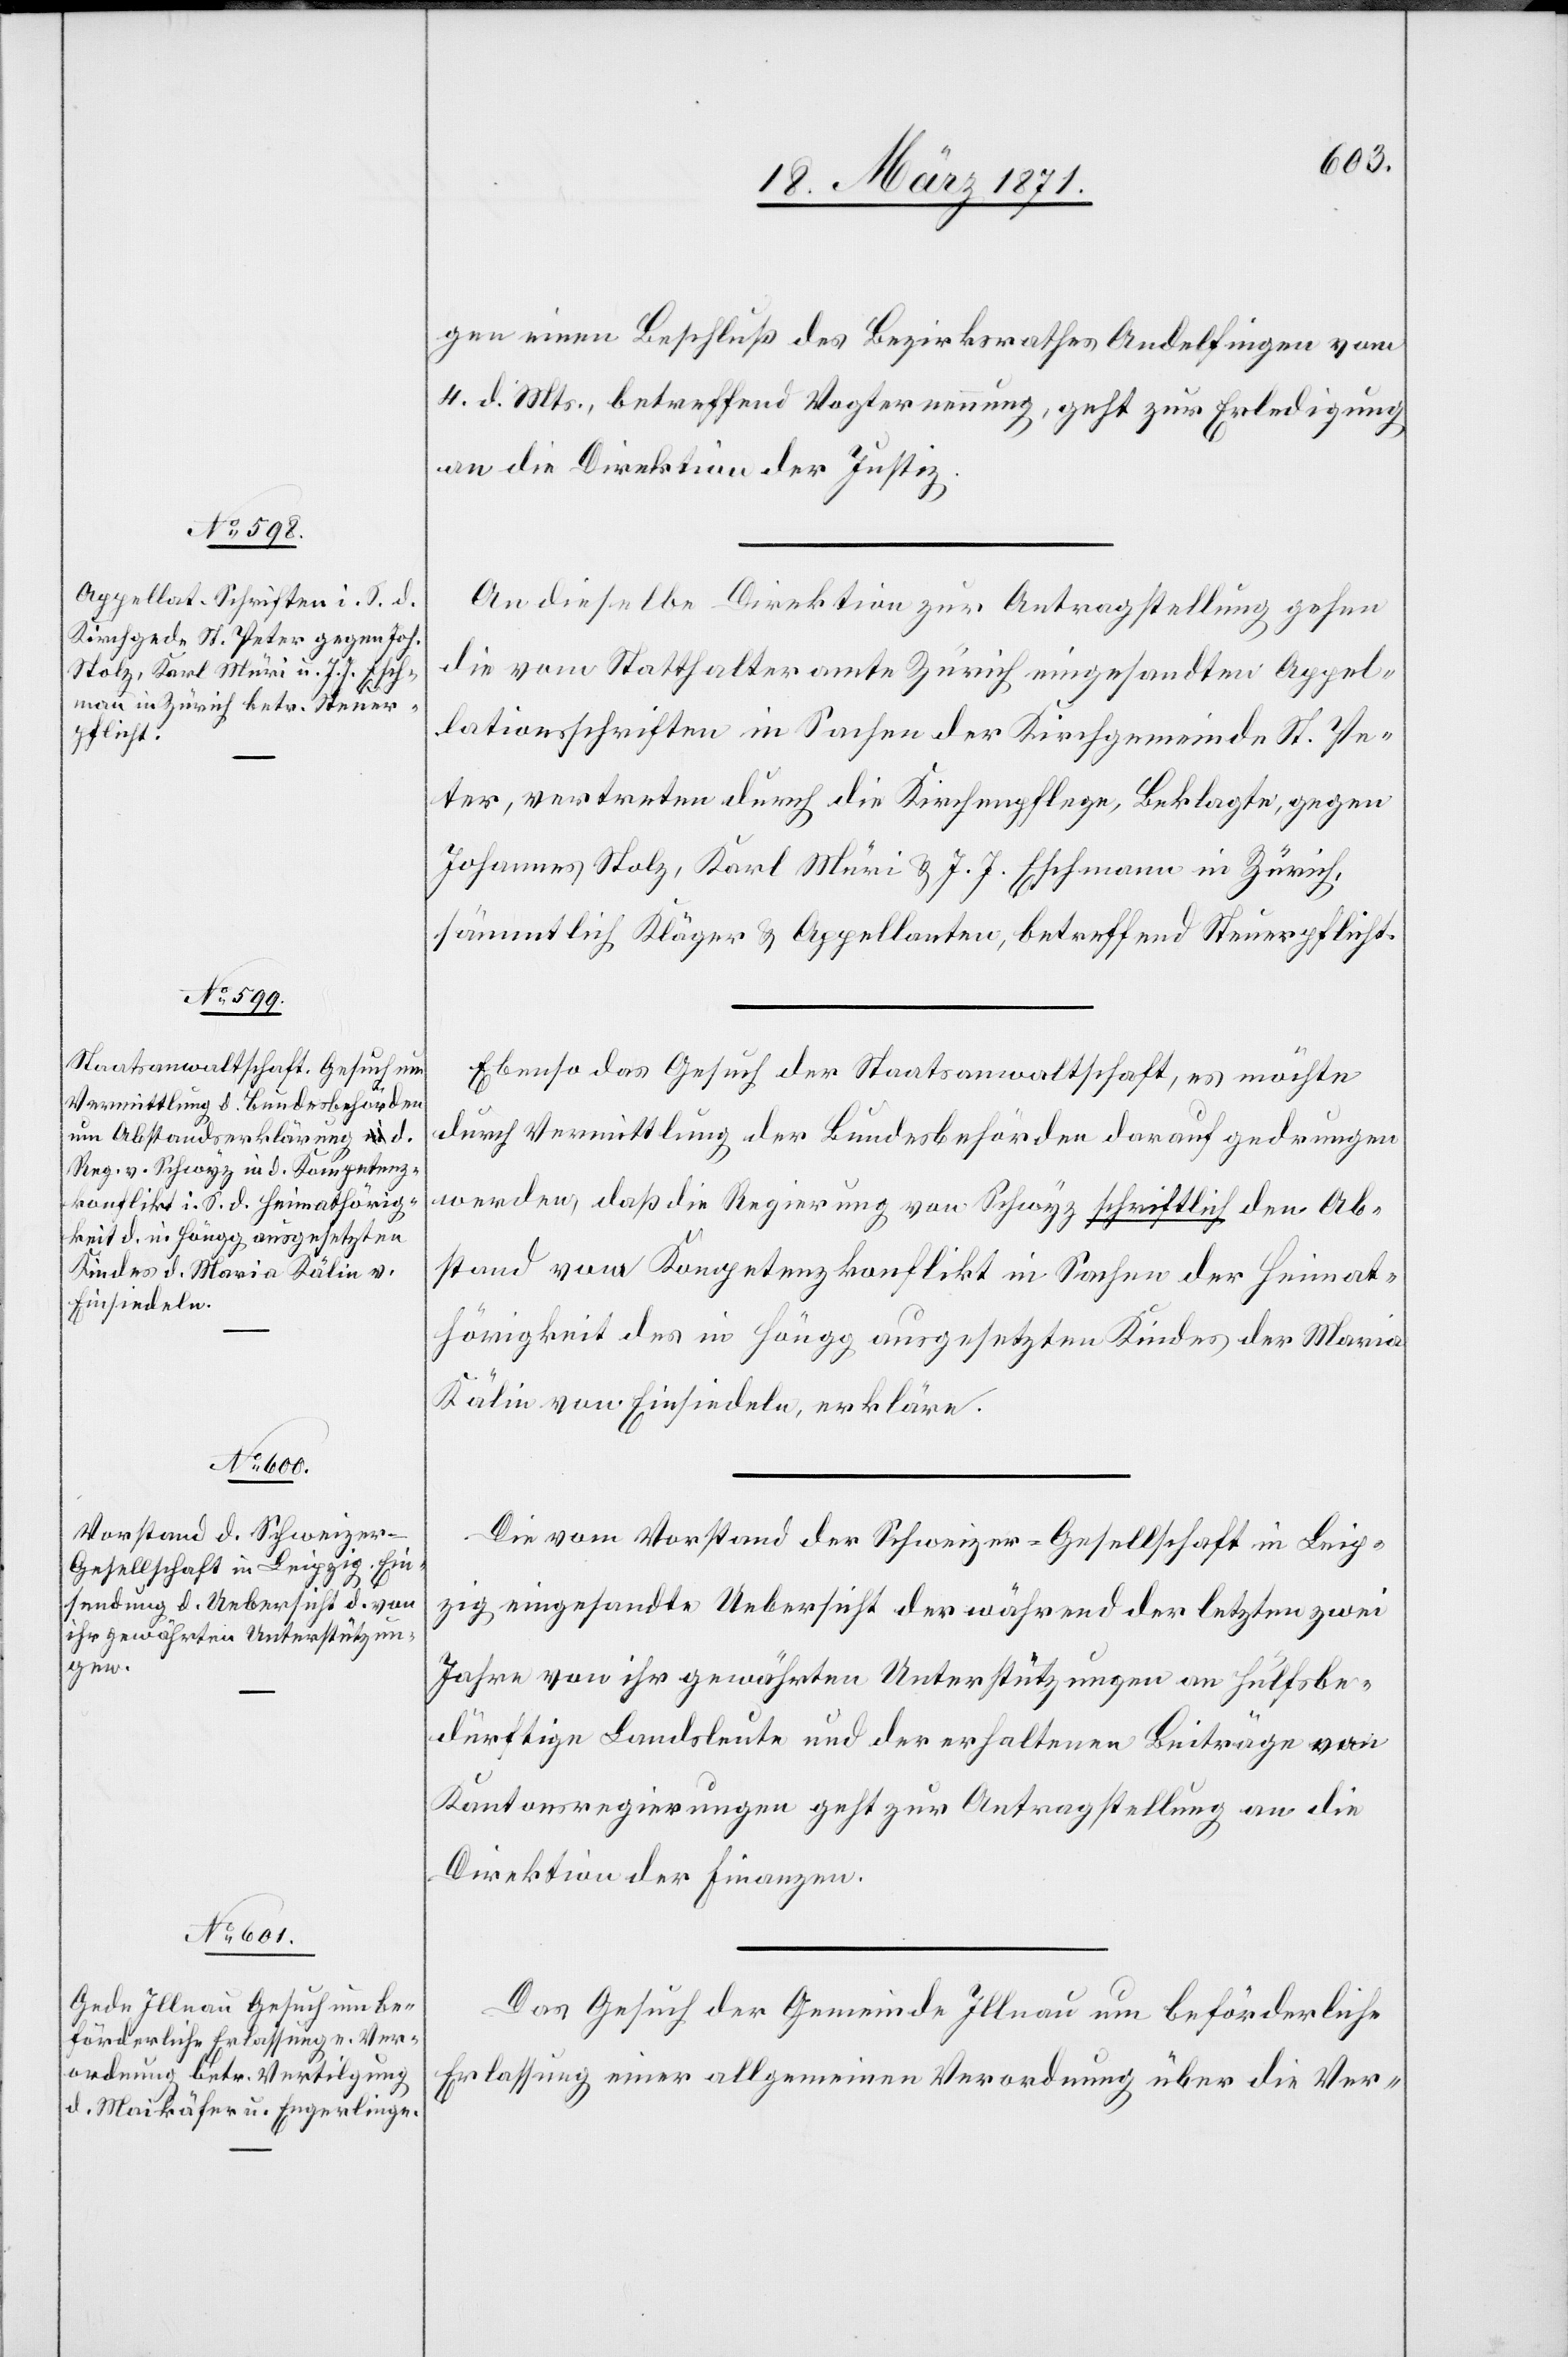
20. März 1871.]
gen einen Beschluß des Bezirksrathes Andelfingen vom
4. d. Mts., betreffend Vogternennung, geht zur Erledigung
an die Direktion der Justiz.
An dieselbe Direktion zur Antragstellung gehen
die vom Statthalteramte Zürich eingesandten Appel¬
lationsschriften in Sachen der Kirchgemeinde St. Pe¬
ter, vertreten durch die Kirchenpflege, Beklagte, gegen
Johannes Stolz, Karl Müri u. J. J. Eschmann in Zürich,
sämmtlich Kläger u. Appellanten, betreffend Steuerpflicht.
Ebenso das Gesuch der Staatsanwaltschaft, es möchte
durch Vermittlung der Bundesbehörden darauf gedrungen
werden, daß die Regierung von Schwyz schriftlich den Ab¬
stand vom Kompetenzkonflikt in Sachen der Heimat¬
hörigkeit des in Höngg ausgesetzten Kindes der Maria
Kälin von Einsiedeln, erkläre.
Die vom Vorstand der Schweizer-Gesellschaft in Leip¬
zig eingesandte Uebersicht der während der letzten zwei
Jahre von ihr gewährten Unterstützungen an Hülfsbe¬
dürftige Landsleute und der erhaltenen Beiträge von
Kantonsregierungen geht zur Antragstellung an die
Direktion der Finanzen.
Das Gesuch der Gemeinde Illnau um beförderliche
Erlassung einer allgemeinen Verordnung über die Ver-